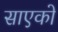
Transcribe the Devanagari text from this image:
साएको